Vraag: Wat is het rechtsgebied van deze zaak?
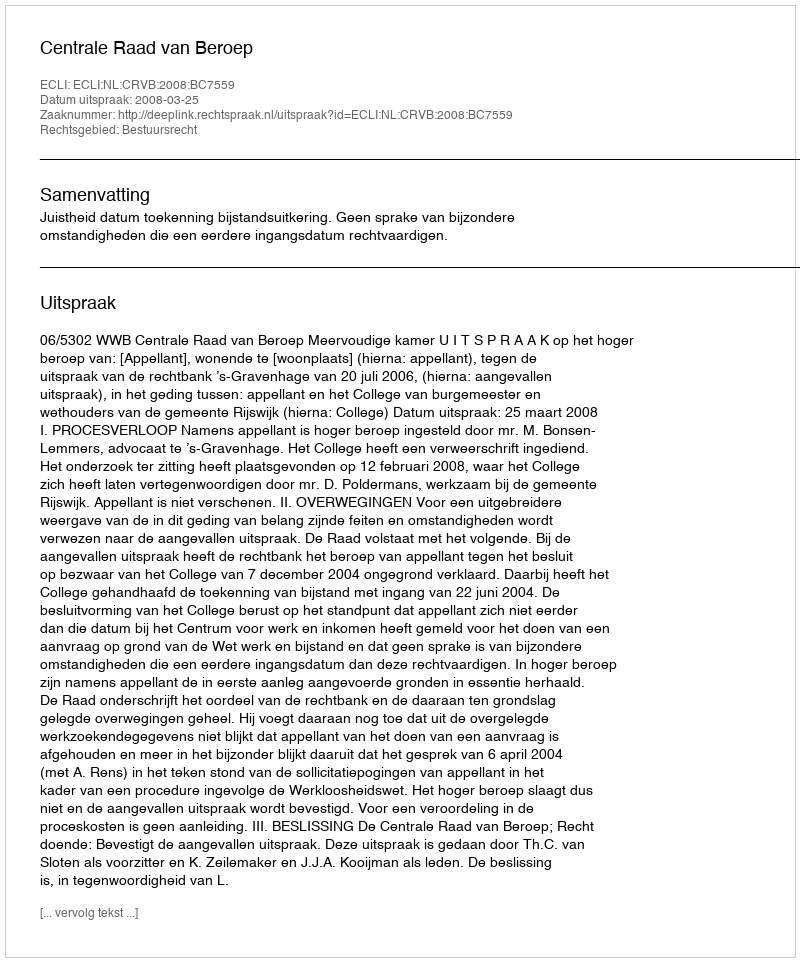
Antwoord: Bestuursrecht